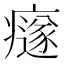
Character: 𤻄